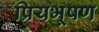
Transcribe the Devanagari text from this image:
प्रियभूषण